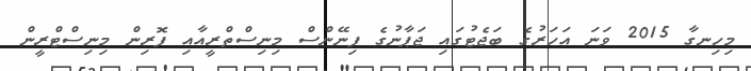
މިހިނގާ 2015 ވަނަ އަހަރުގެ ބަޖެޓުގައި ޖަޕާނުގެ ފިނޭންސް މިނިސްތްރީއާއި ފޮރިން މިނިސްޓްރީން